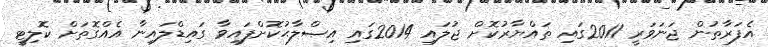
އެފަރާތުން ޖަނަވަރީ 2011ގައި ތައްޔާރުކޮށް ޖުލައި 2014ގައި އިޞްލާޙުކޮށްފައިވާ ގައިޑްލައިނާ އެއްގޮތަށް ކޮލިޓީ